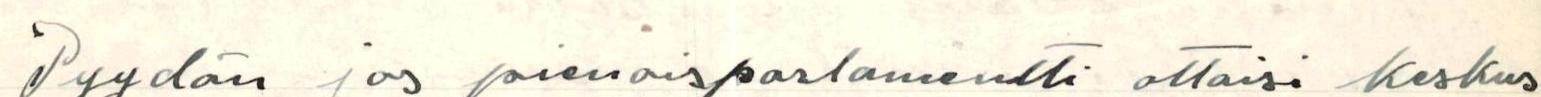
Pyydän jos pienoisparlamentti ottaisi keskus